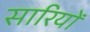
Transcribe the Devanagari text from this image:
सारियों